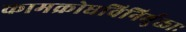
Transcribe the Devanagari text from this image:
कामक्रोधविनिर्मुक्ताः